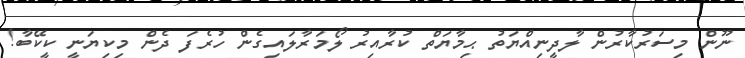
ނޫން މިސަރުކާރުން ލާދީނިއްޔަތު ޙިމާޔަތް ކުރާއިރު ލޯމަރާލައިގެން ހުރެފަ ދެން މިކިޔަނީ ކީކޭބާ!